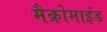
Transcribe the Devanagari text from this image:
मैक्रोमाइंड